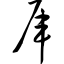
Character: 厍